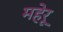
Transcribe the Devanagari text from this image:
महेरू